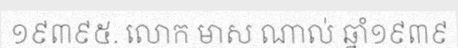
១៩៣៩៥. លោក មាស ណាល់ ឆ្នាំ១៩៣៩